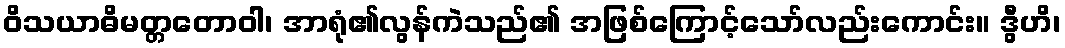
ဝိသယာဓိမတ္တတောဝါ၊ အာရုံ၏လွန်ကဲသည်၏ အဖြစ်ကြောင့်သော်လည်းကောင်း။ ဒွီဟိ၊